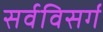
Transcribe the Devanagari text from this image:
सर्वविसर्ग